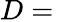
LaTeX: D={}